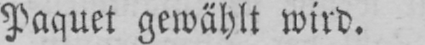
Paquet gewählt wird.